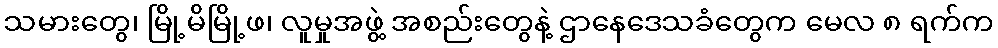
သမားတွေ၊ မြို့မိမြို့ဖ၊ လူမှုအဖွဲ့ အစည်းတွေနဲ့ ဌာနေဒေသခံတွေက မေလ ၈ ရက်က